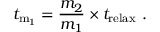
t _ { \mathrm { m _ { 1 } } } = { \frac { m _ { 2 } } { m _ { 1 } } } \times t _ { \mathrm { r e l a x } } \ .